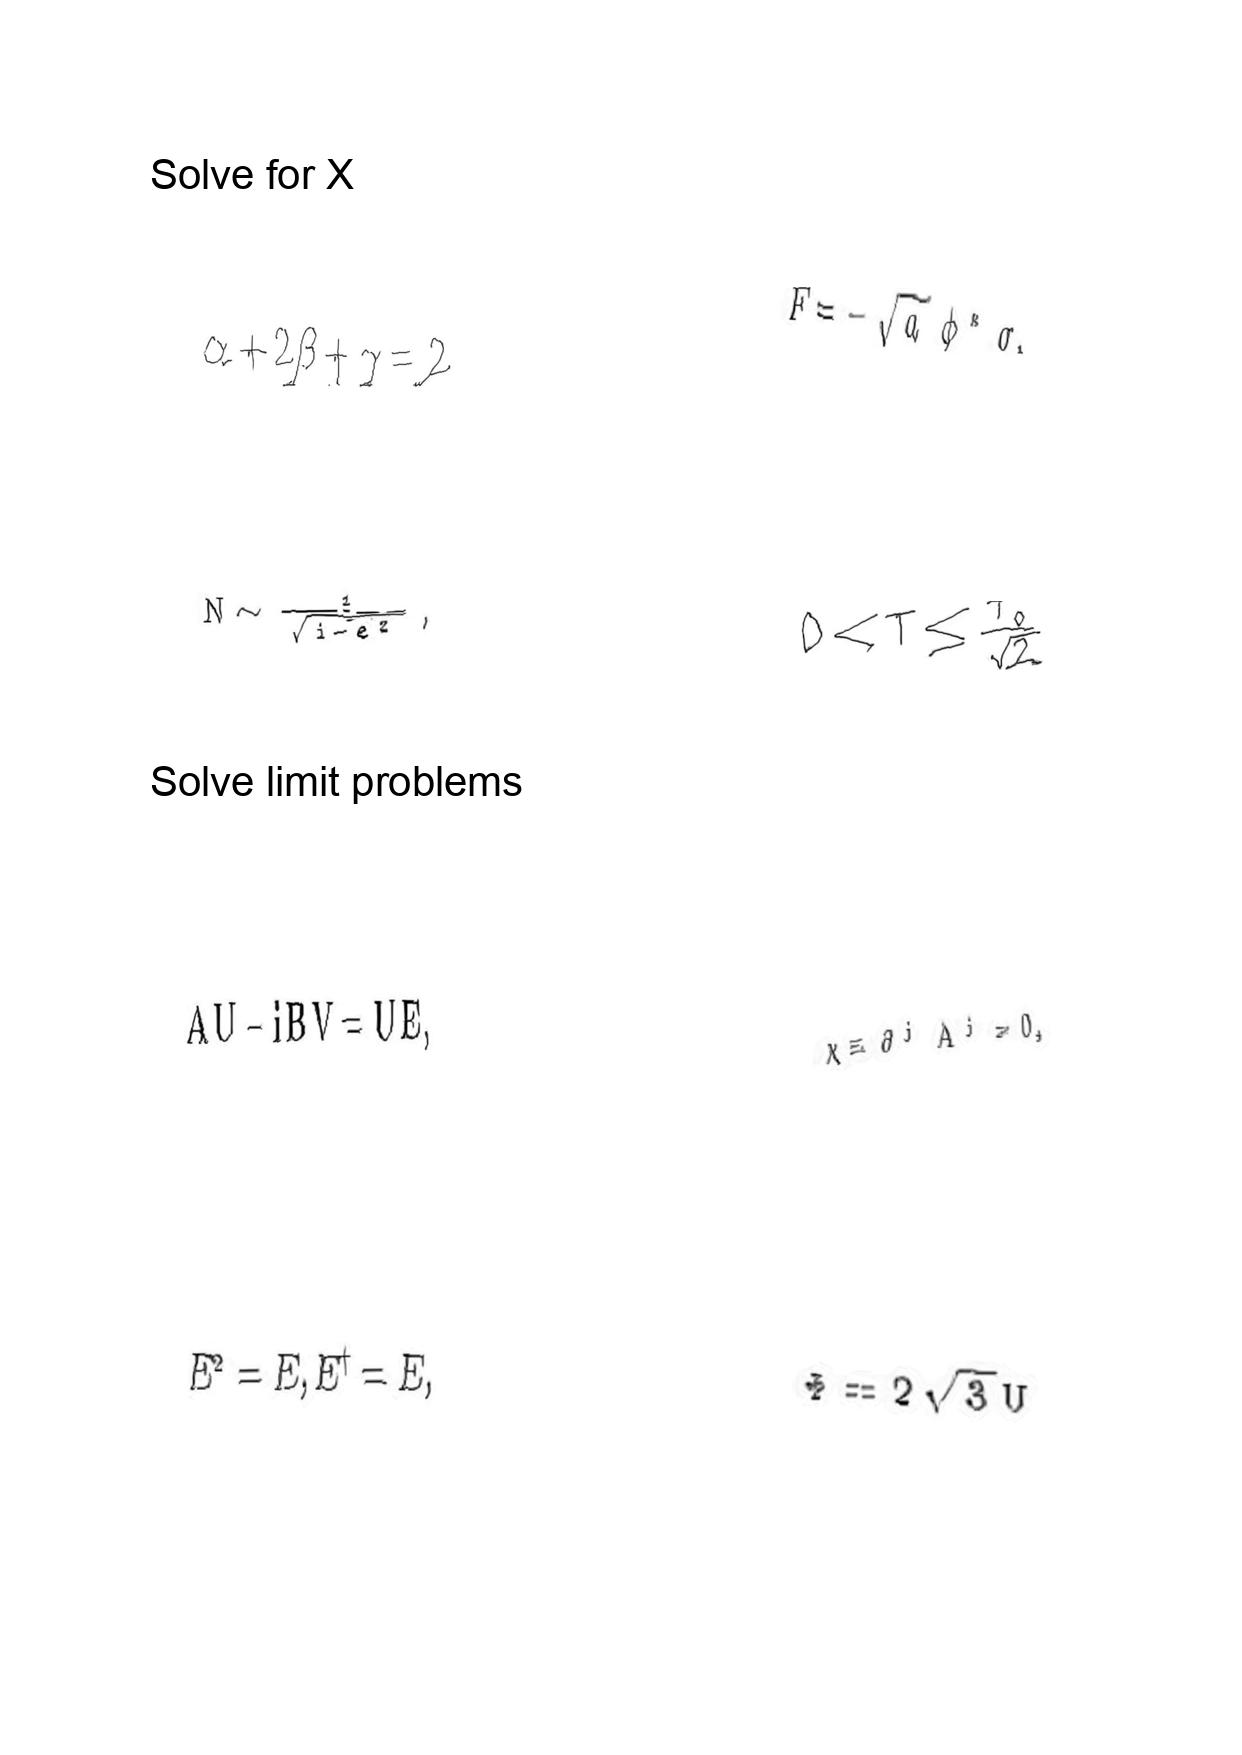
LaTeX transcription:
\alpha + 2 \beta + \gamma = 2
N \sim \frac { 1 } { \sqrt { 1 - e ^ { 2 } } } ,
A U - i B V = U E ,
E ^ { 2 } = E , E ^ { \dagger } = E ,
F = - \sqrt { a } \phi ^ { \ast } \sigma ,
0 \lt T \leq \frac { T _ { 0 } } { \sqrt { 2 } }
\chi \equiv \partial ^ { j } A ^ { j } = 0 ,
\Phi = 2 \sqrt { 3 } U